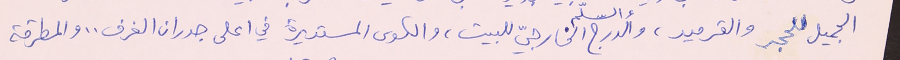
الجميل للحجر والقرميد، والدرج والسلّم الخارجيّ للبيت، والكوى المستديرة في اعلى جدران الغرف.. والمطرقة